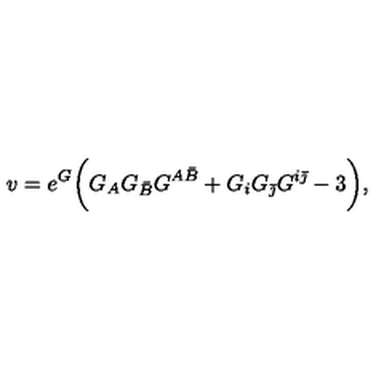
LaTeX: v = e ^ { G } \biggl ( G _ { A } G _ { \bar { B } } G ^ { A \bar { B } } + G _ { i } G _ { \bar { \jmath } } G ^ { i \bar { \jmath } } - 3 \biggr ) ,